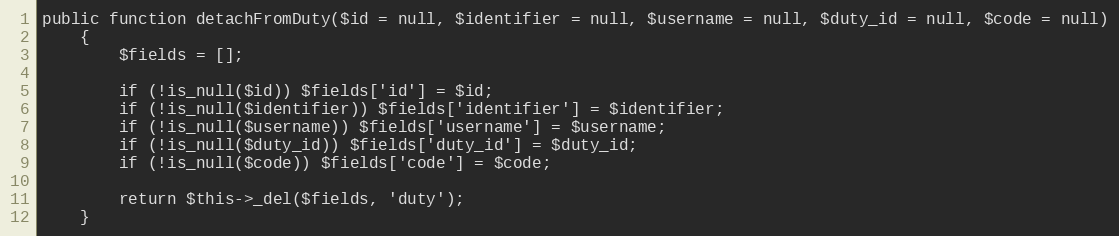
Language: PHP
public function detachFromDuty($id = null, $identifier = null, $username = null, $duty_id = null, $code = null)
    {
        $fields = [];

        if (!is_null($id)) $fields['id'] = $id;
        if (!is_null($identifier)) $fields['identifier'] = $identifier;
        if (!is_null($username)) $fields['username'] = $username;
        if (!is_null($duty_id)) $fields['duty_id'] = $duty_id;
        if (!is_null($code)) $fields['code'] = $code;

        return $this->_del($fields, 'duty');
    }